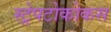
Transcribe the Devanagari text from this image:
स्ट्रेपटोकोकस